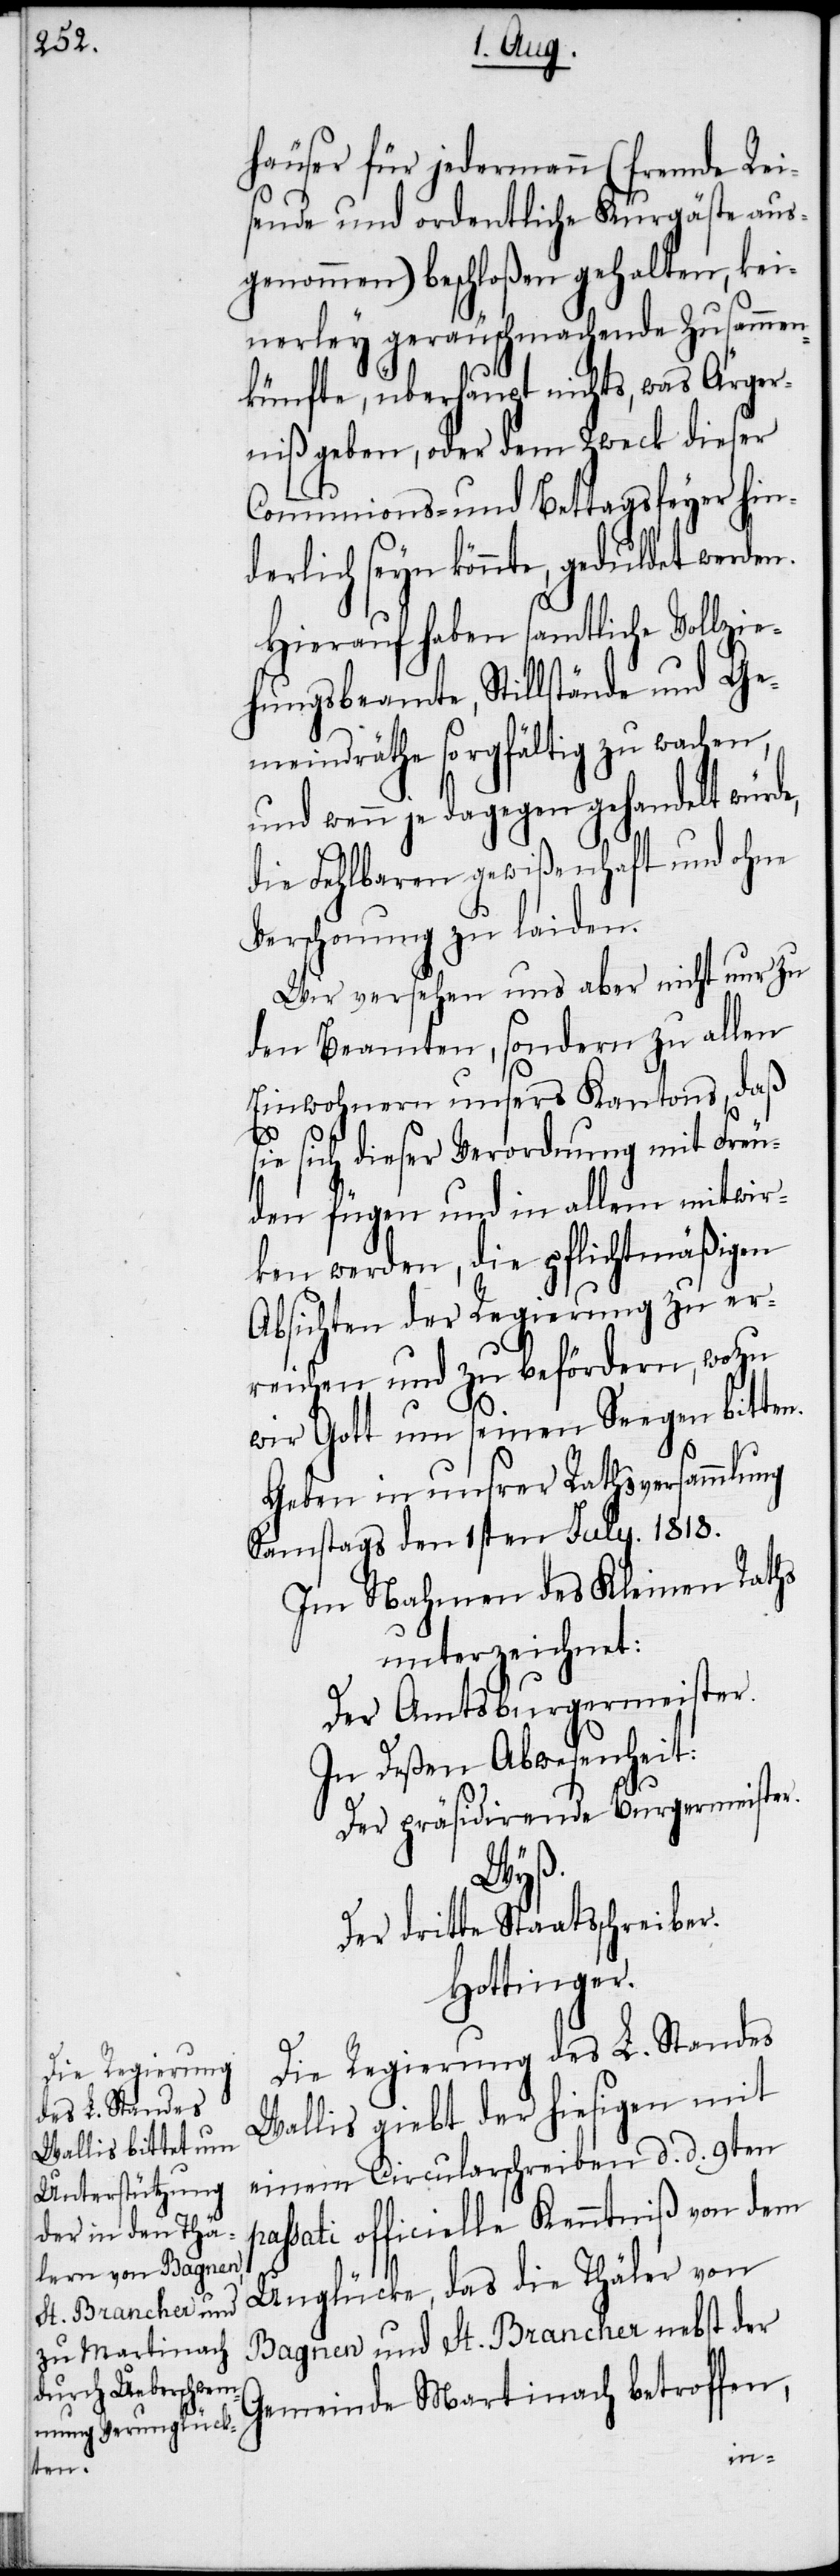
häuser für jedermann (fremde Rei¬
sende und ordentliche Kurgäste aus¬
genommen) beschloßen gehalten, kei¬
nerley geräuschmachende Zusammen¬
künfte, überhaupt nichts, was Ärger¬
niß geben, oder dem Zweck dieser
Communions- und Bettagsfeyer hin¬
derlich seyn könnte, geduldet werden.
Hierauf haben samtliche Vollzie¬
hungsbeamte, Stillstände und Ge¬
meindräthe sorgfältig zu wachen,
und wenn je dagegen gehandelt würde,
die Fehlbaren gewißenhaft und ohne
Verschonung zu laiden.
Wir versehen uns aber nicht nur zu
den Beamten, sondern zu allen
Einwohnern unsers Kantons, das
ie sich dieser Verordnung mit Freu¬
den fügen und in allem mitwir¬
ken werden, die pflichtmäßigen
Absichten der Regierung zu er¬
reichen und zu befördern, wozu
p¬
wir Gott um seinen Seegen bitten.
Geben in unsrer Rathsversammlung
Samstags den 1sten July. 1818.
Im Nahmen des Kleinen Raths
unterzeichnet:
Der Amtsburgermeister.
In Deßen Abwesenheit:
Der präsidirende Burgermeister.
Wyß.
Der dritte Staatsschreiber.
Hottinger.
Die Regierung des L. Standes
Wallis giebt der hiesigen mit
einem Circularschreiben d. d. 9ten
assati officielle Kenntniß von dem
Unglücke, das die Thäler von
Bagnen und St. Brancher nebst der
Gemeinde Martinach betroffen,